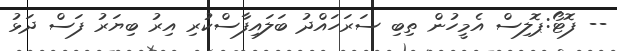
-- ފޮޓޯ:ޕޮލިސް އެމީހުން ތިބި ސަރަހައްދު ބަލައިފާސްކުރި އިރު ބިޔަރު ފަސް ދަޅު